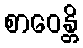
စာဝေန္တိ